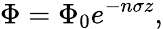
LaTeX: \Phi=\Phi_{0}e^{-n\sigma z},